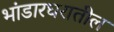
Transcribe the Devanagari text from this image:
भांडारघरातील